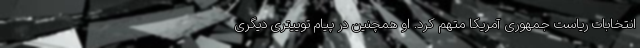
انتخابات ریاست جمهوری آمریکا متهم کرد. او همچنین در پیام توییتری دیگری